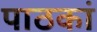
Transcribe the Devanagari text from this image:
पाठकां